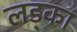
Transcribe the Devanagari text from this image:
लड्का